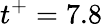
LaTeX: t^{+}=7.8